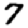
Digit: 7